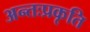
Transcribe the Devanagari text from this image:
अन्तःप्रकृति